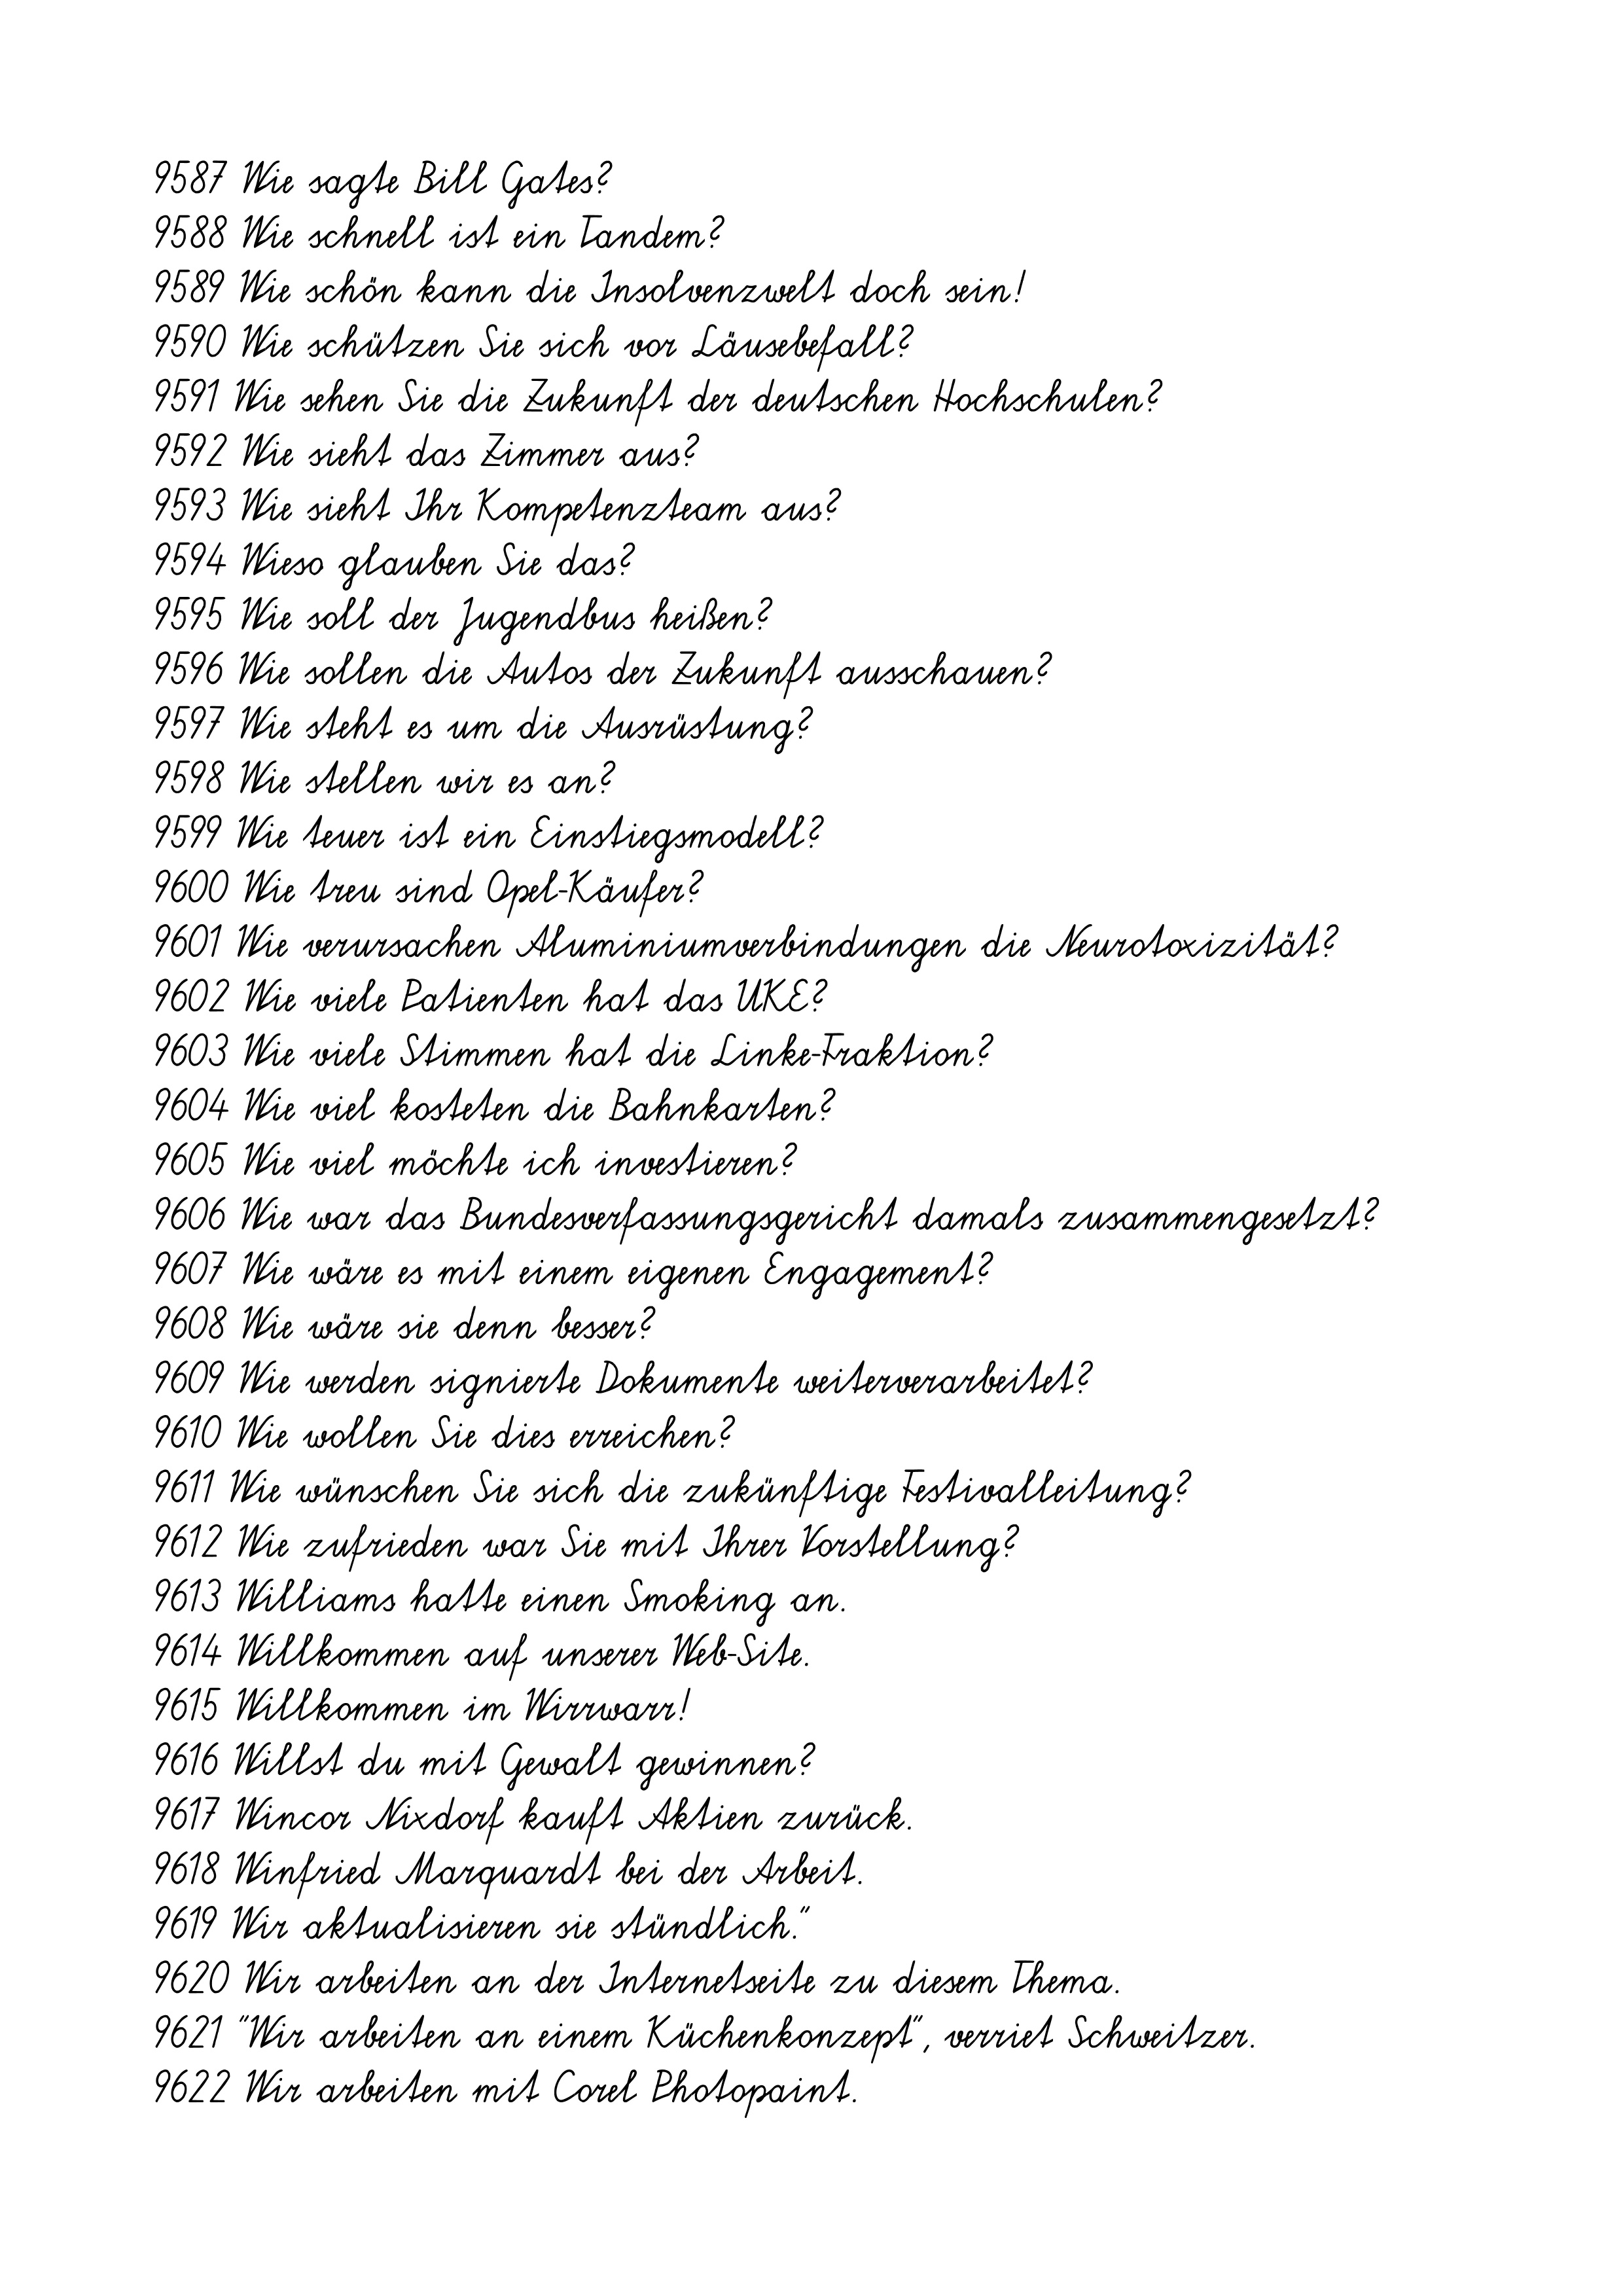
9587 Wie sagte Bill Gates?
9588 Wie schnell ist ein Tandem?
9589 Wie schön kann die Insolvenzwelt doch sein!
9590 Wie schützen Sie sich vor Läusebefall?
9591 Wie sehen Sie die Zukunft der deutschen Hochschulen?
9592 Wie sieht das Zimmer aus?
9593 Wie sieht Ihr Kompetenzteam aus?
9594 Wieso glauben Sie das?
9595 Wie soll der Jugendbus heißen?
9596 Wie sollen die Autos der Zukunft ausschauen?
9597 Wie steht es um die Ausrüstung?
9598 Wie stellen wir es an?
9599 Wie teuer ist ein Einstiegsmodell?
9600 Wie treu sind Opel-Käufer?
9601 Wie verursachen Aluminiumverbindungen die Neurotoxizität?
9602 Wie viele Patienten hat das UKE?
9603 Wie viele Stimmen hat die Linke-Fraktion?
9604 Wie viel kosteten die Bahnkarten?
9605 Wie viel möchte ich investieren?
9606 Wie war das Bundesverfassungsgericht damals zusammengesetzt?
9607 Wie wäre es mit einem eigenen Engagement?
9608 Wie wäre sie denn besser?
9609 Wie werden signierte Dokumente weiterverarbeitet?
9610 Wie wollen Sie dies erreichen?
9611 Wie wünschen Sie sich die zukünftige Festivalleitung?
9612 Wie zufrieden war Sie mit Ihrer Vorstellung?
9613 Williams hatte einen Smoking an.
9614 Willkommen auf unserer Web-Site.
9615 Willkommen im Wirrwarr!
9616 Willst du mit Gewalt gewinnen?
9617 Wincor Nixdorf kauft Aktien zurück.
9618 Winfried Marquardt bei der Arbeit.
9619 Wir aktualisieren sie stündlich."
9620 Wir arbeiten an der Internetseite zu diesem Thema.
9621 "Wir arbeiten an einem Küchenkonzept", verriet Schweitzer.
9622 Wir arbeiten mit Corel Photopaint.